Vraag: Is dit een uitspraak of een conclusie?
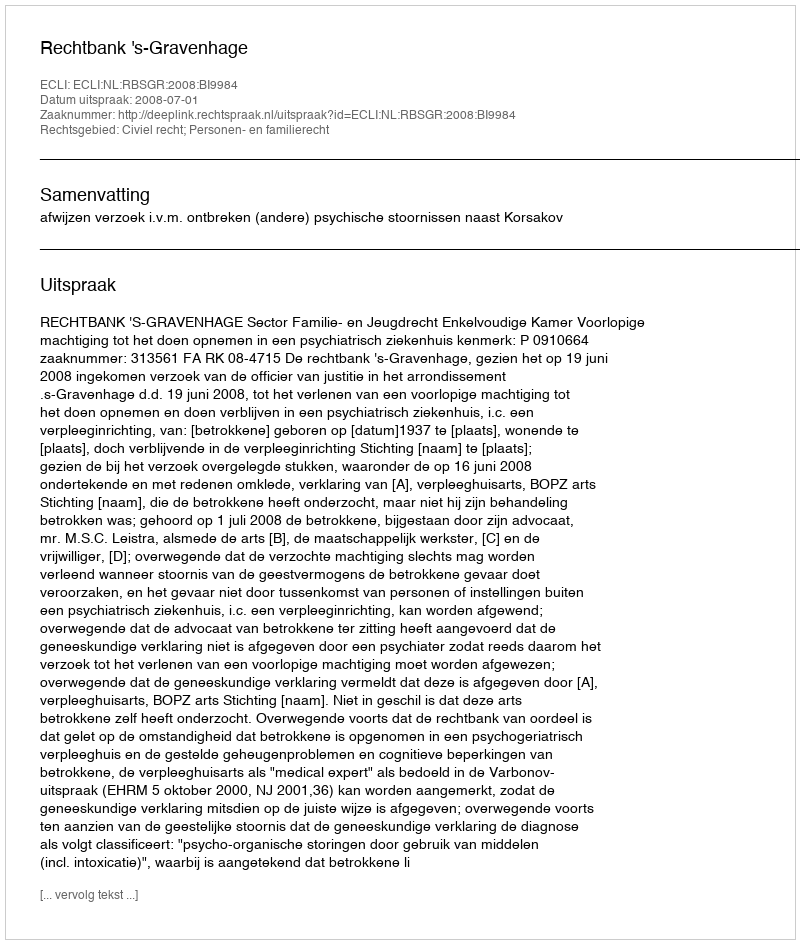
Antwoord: Uitspraak